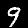
Digit: 9